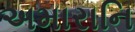
અમારાનિ